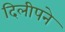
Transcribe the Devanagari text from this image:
दिलीपने